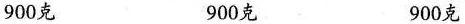
900克 900克 900克